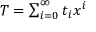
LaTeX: \textstyle T = \sum _ { i = 0 } ^ { \infty } t _ { i } x ^ { i }